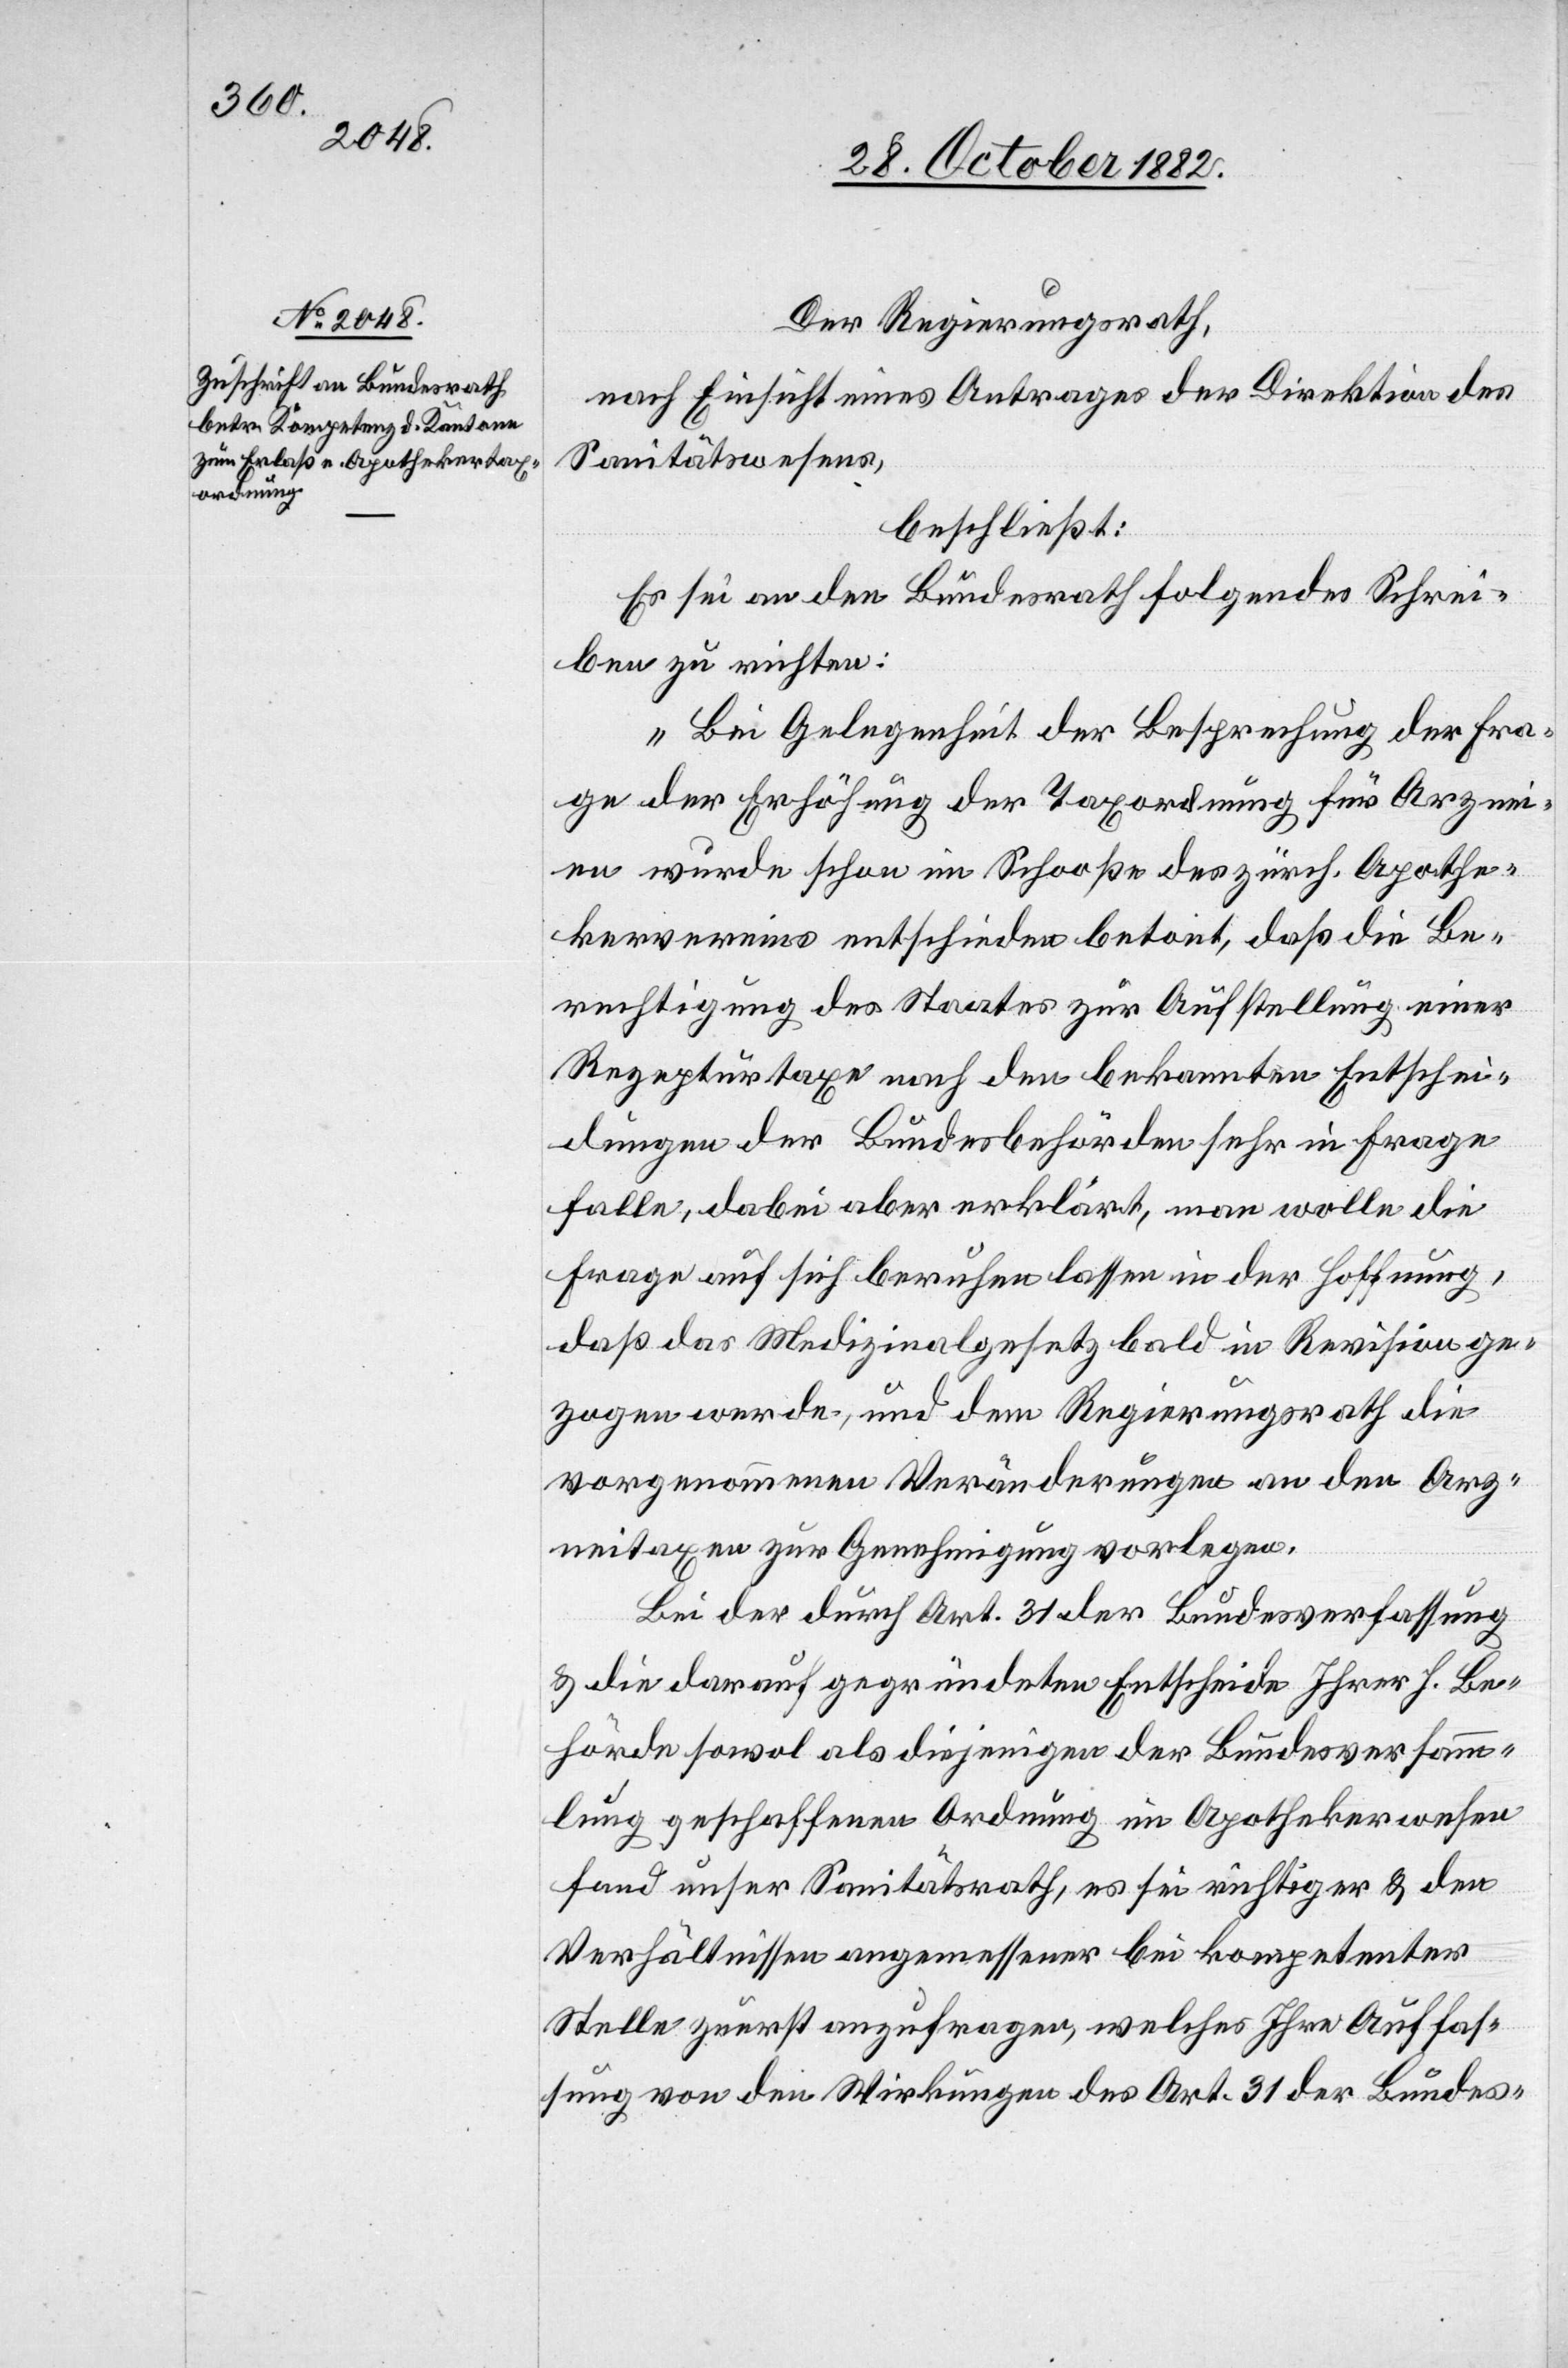
Der Regierungsrath,
nach Einsicht eines Antrages der Direktion des
Sanitätswesens,
beschließt:
Es sei an den Bundesrath folgendes Schrei¬
ben zu richten:
„Bei Gelegenheit der Besprechung der Fra¬
ge der Erhöhung der Taxordnung für Arznei¬
en wurde schon im Schooße des zürch. Apothe¬
kervereins entschieden betont, daß die Be¬
rechtigung des Staates zur Aufstellung einer
Reparaturtaxe nach den bekannten Entschei¬
dungen der Bundesbehörden sehr in Frage
falle, dabei aber erklärt, man wolle die
Frage auf sich beruhen lassen in der Hoffnung,
daß das Medizinalgesetz bald in Revision ge¬
zogen werde, und dem Regierungsrath die
vorgenommenen Veränderungen an den Arz¬
neitaxen zur Genehmigung vorlegen.
Bei der durch Art. 31 der Bundesverfassung
& die darauf gegründeten Entscheide Ihrer h. Be¬
hörde sowol als diejenigen der Bundesversamm¬
lung geschaffenen Ordnung im Apothekerwesen
fand unser Sanitätsrath, es sei richtiger & den
Verhältnissen angemessener bei kompetenter
Stelle zuerst anzufragen, welches Ihre Auffas¬
sung von den Wirkungen des Art. 31 der Bundes-